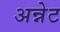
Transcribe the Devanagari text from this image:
अन्नेट